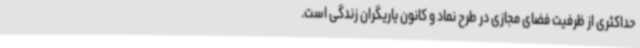
حداکثری از ظرفیت فضای مجازی در طرح نماد و کانون یاریگران زندگی است.